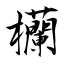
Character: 欗